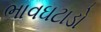
ભાવઘટાડો